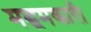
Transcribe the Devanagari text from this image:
मद्धमकारी